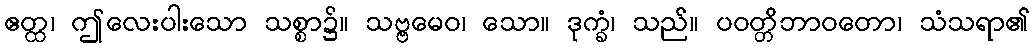
ဧတ္ထ၊ ဤလေးပါးသော သစ္စာ၌။ သဗ္ဗမေဝ၊ သော။ ဒုက္ခံ၊ သည်။ ပဝတ္တိဘာဝတော၊ သံသရာ၏